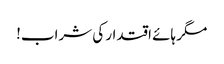
مگر ہائے اقتدار کی شراب!